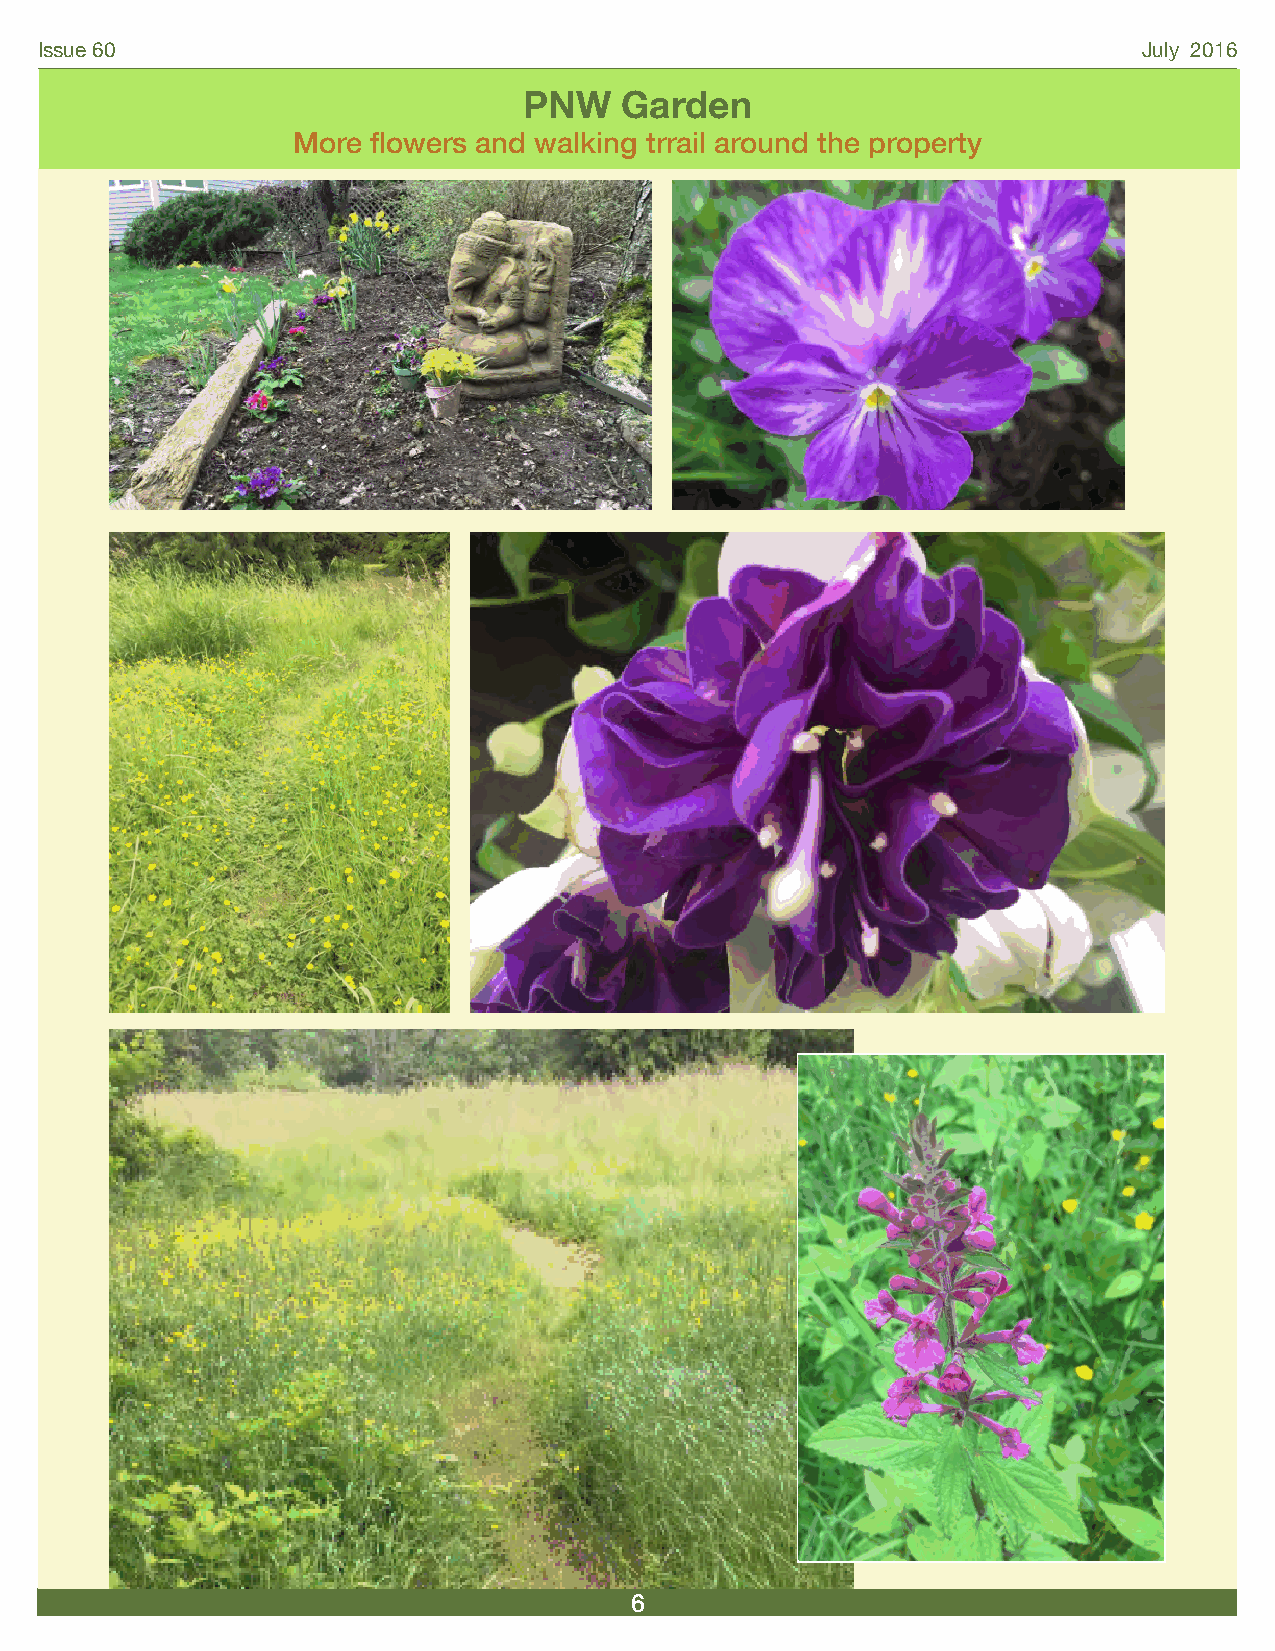
Issue 60                                                                  July 2016
 PNW   Garden
 More  flowers and walking trrail around the property
 6